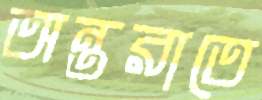
অন্তরাতে